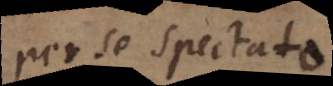
per se spectato